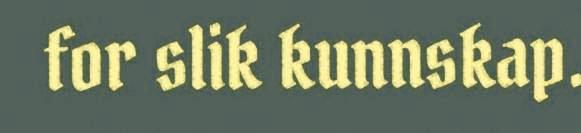
for slik kunnskap.